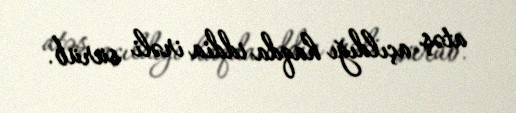
atəş açıldığı haqda iddia irəli sürüb.